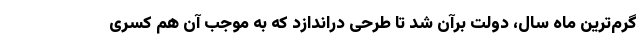
گرم‌ترین ماه سال، دولت برآن شد تا طرحی دراندازد که به موجب آن هم کسری